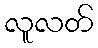
လူလတ်